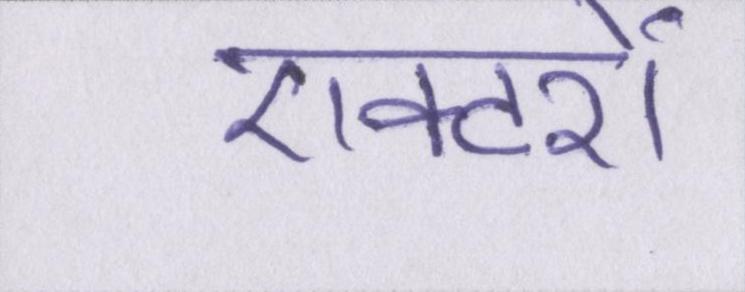
एक्टरों